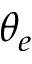
\theta _ { e }